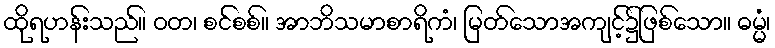
ထိုရဟန်းသည်။ ဝတ၊ စင်စစ်။ အာဘိသမာစာရိကံ၊ မြတ်သောအကျင့်၌ဖြစ်သော။ ဓမ္မံ၊